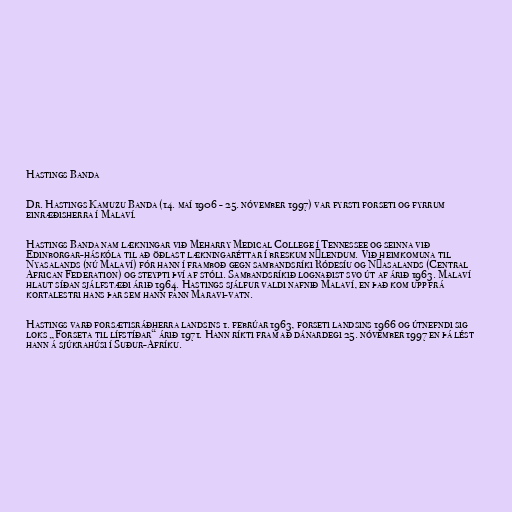
Hastings Banda

Dr. Hastings Kamuzu Banda (14. maí 1906 - 25. nóvember 1997) var fyrsti forseti og fyrrum
einræðisherra í Malaví.

Hastings Banda nam lækningar við Meharry Medical College í Tennessee og seinna við
Edinborgar-háskóla til að öðlast lækningaréttar í breskum nýlendum. Við heimkomuna til
Nyasalands (nú Malaví) fór hann í framboð gegn sambandsríki Ródesíu og Nýasalands (Central
African Federation) og steypti því af stóli. Sambandsríkið lognaðist svo út af árið 1963. Malaví
hlaut síðan sjálfstæði árið 1964. Hastings sjálfur valdi nafnið Malaví, en það kom upp frá
kortalestri hans þar sem hann fann Maravi-vatn.

Hastings varð forsætisráðherra landsins 1. febrúar 1963, forseti landsins 1966 og útnefndi sig
loks „Forseta til lífstíðar“ árið 1971. Hann ríkti fram að dánardegi 25. nóvember 1997 en þá lést
hann á sjúkrahúsi í Suður-Afríku.